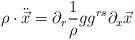
\begin{align*}\rho\cdot{\ddot{\vec x}}=\partial_r\frac{1}{\rho}gg^{rs}\partial_x\vec x\end{align*}